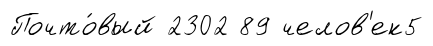
Почто́вый 2302 89 челов'ек5